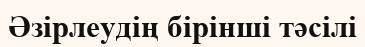
Әзірлеудің бірінші тәсілі